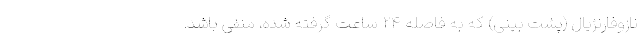
نازوفارنژیال (پشت بینی) که به فاصلهٔ ۲۴ ساعت گرفته شده، منفی باشد.